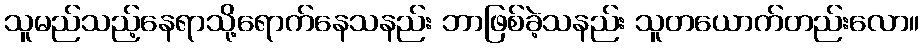
သူမည်သည့်နေရာသို့ရောက်နေသနည်း ဘာဖြစ်ခဲ့သနည်း သူတယောက်တည်းလော။